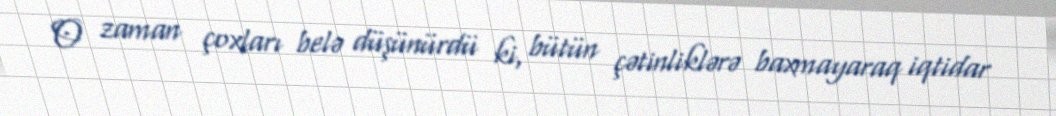
O zaman çoxları belə düşünürdü ki, bütün çətinliklərə baxmayaraq iqtidar